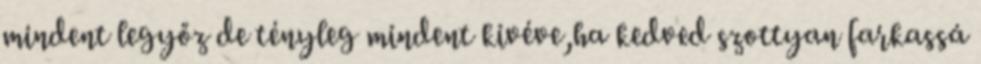
mindent legyőz de tényleg mindent kivéve,ha kedved szottyan farkassá